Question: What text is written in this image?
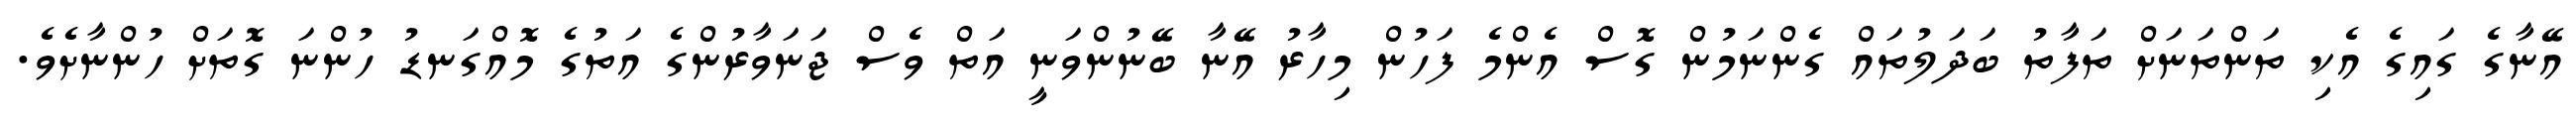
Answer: އޭނާގެ ގައިގެ އެކި ތަންތަނަށް ތަފާތު ބަދަލުތައް ގެންނަމުން ގޮސް އެންމެ ފަހުން މިހާރު އޭނާ ބޭނުންވަނީ އަތް ވެސް ޖަނަވާރުންގެ އަތުގެ މޮއްގަނޑު ހުންނަ ގޮތަށް ހުންނާށެވެ.